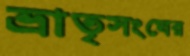
ভ্রাতৃসংঘের